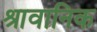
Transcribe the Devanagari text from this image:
श्रावानिक